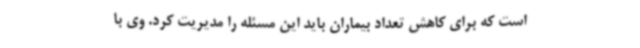
است که برای کاهش تعداد بیماران باید این مسئله را مدیریت کرد. وی با